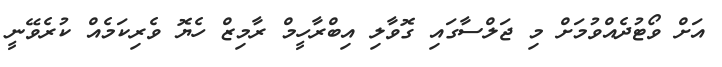
އަށް ވޯޓުދެއްވުމަށް މި ޖަލްސާގައި ގޮވާލި އިބްރާހީމް ރާމިޒް ހެޔޮ ވެރިކަމެއް ކުރެވޭނީ